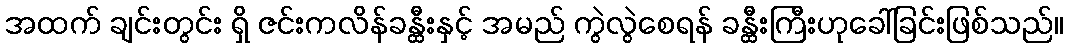
အထက် ချင်းတွင်း ရှိ ဇင်းကလိန်ခန္ထီးနှင့် အမည် ကွဲလွဲစေရန် ခန္ထီးကြီးဟုခေါ်ခြင်းဖြစ်သည်။